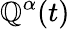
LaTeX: \mathbb{Q}^{\alpha}(t)